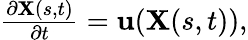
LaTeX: \begin{array}{r}{\frac{\partial\mathbf{X}(s,t)}{\partial t}=\mathbf{u}(\mathbf{X}(s,t)),}\end{array}